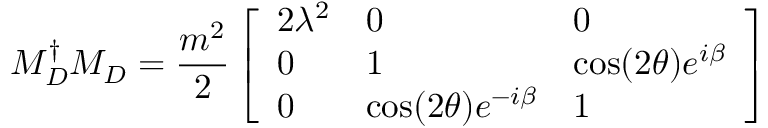
M _ { D } ^ { \dagger } M _ { D } = \frac { m ^ { 2 } } 2 \left[ \begin{array} { l l l } { { 2 \lambda ^ { 2 } } } & { { 0 } } & { { 0 } } \\ { { 0 } } & { { 1 } } & { { \cos ( 2 \theta ) e ^ { i \beta } } } \\ { { 0 } } & { { \cos ( 2 \theta ) e ^ { - i \beta } } } & { { 1 } } \end{array} \right]